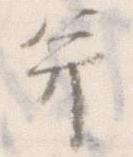
并